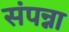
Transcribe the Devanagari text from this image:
संपन्ना